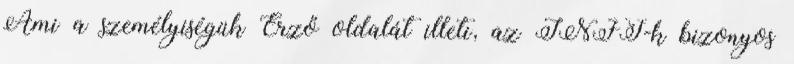
Ami a személyiségük Érző oldalát illeti, az INFJ-k bizonyos